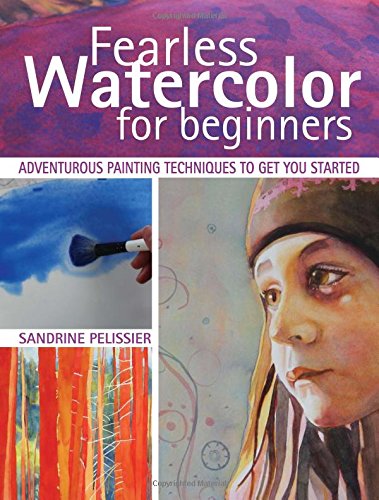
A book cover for Fearless Watercolor for Beginners: Adventurous Painting Techniques to Get You Started; Sandrine Pelissier; Arts & Photography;